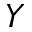
Y